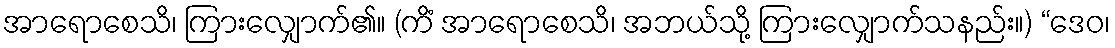
အာရောစေသိ၊ ကြားလျှောက်၏။ (ကိံ အာရောစေသိ၊ အဘယ်သို့ ကြားလျှောက်သနည်း။) “ဒေဝ၊